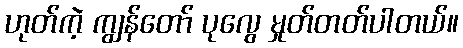
ဟုတ်ကဲ့ ကျွန်တော် ပုလွေ မှုတ်တတ်ပါတယ်။